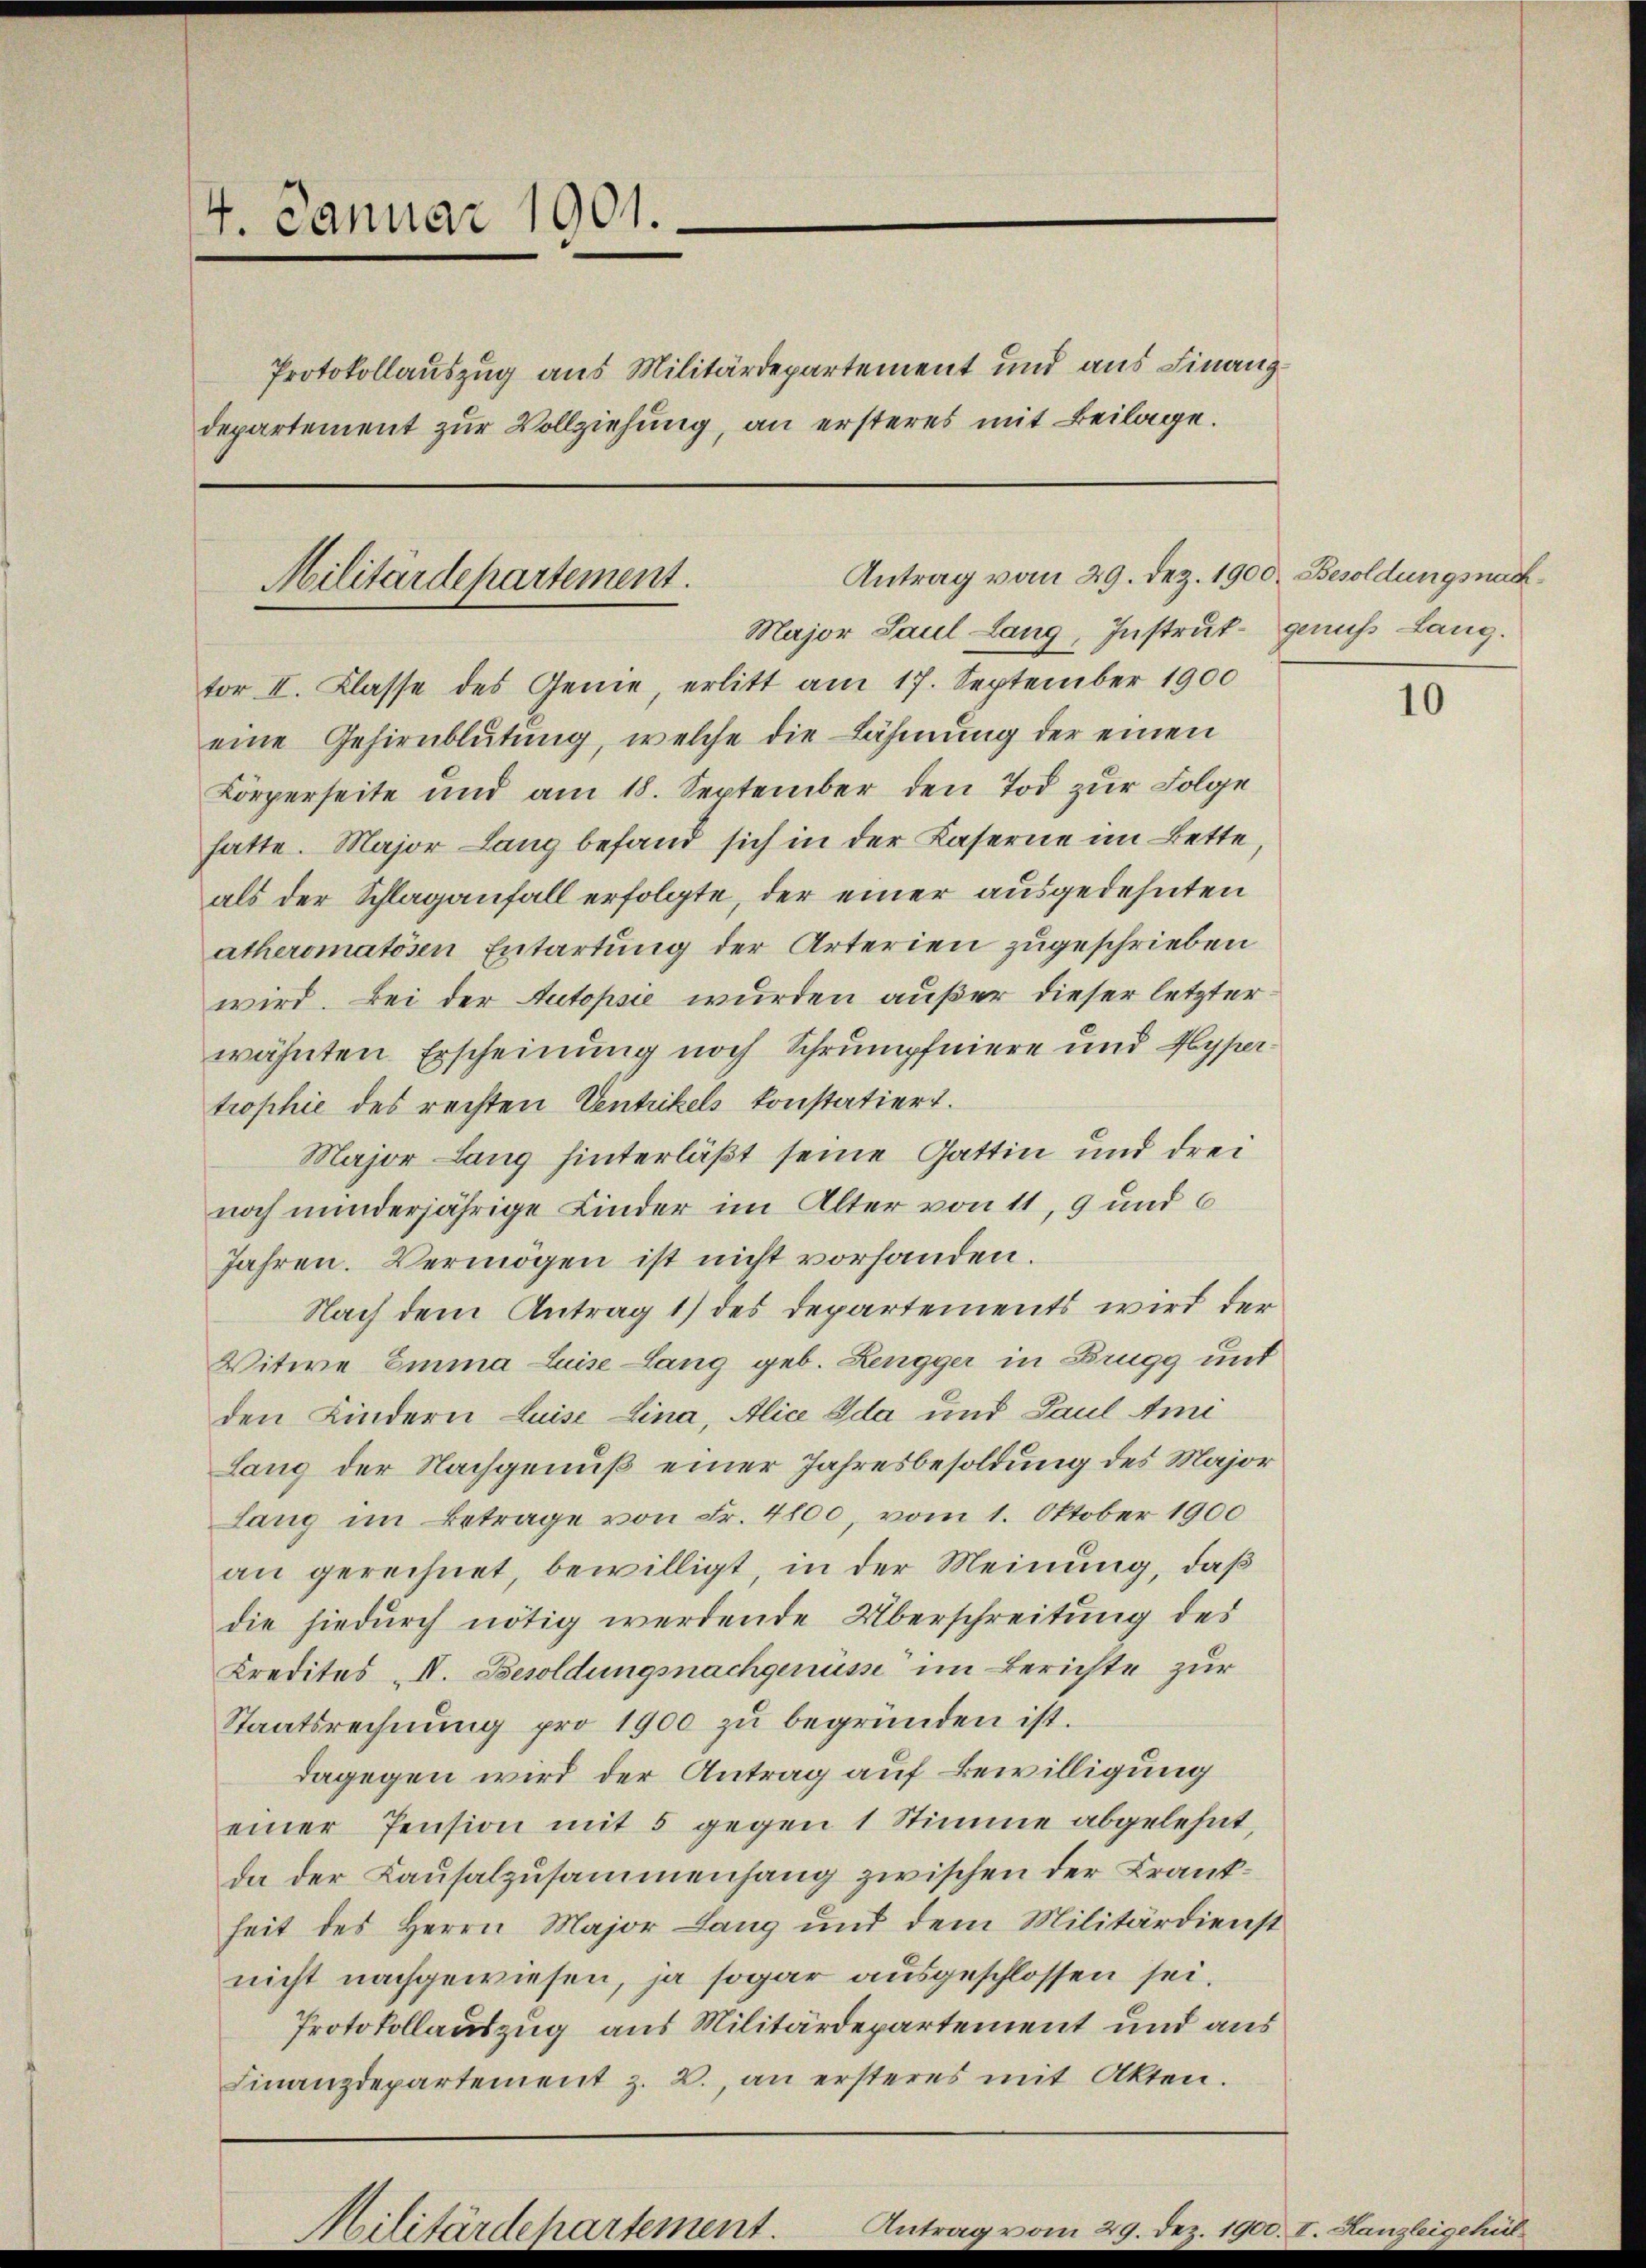
4. Januar 1901.

Protokollauszug aus Militärdepartement und aus Finanzdepartement zur Vollziehung, an ersteres mit Beilage.

tor II. Klasse des Genie erlitt am 17. September 1900
eine Gehirnblutung, welche die Lähmung der einen
Körperseite und am 18. September den Tod zur Folge
hatte. Major Lang befand sich in der Kaserne im Bette
als der Schlaganfall erfolgte, der einer ausgedehnten
atheromatösen Entartung der Arterien zugeschrieben
wird. Bei der Autopsie wurden außer dieser letzterwähnten Erscheinung noch Schrumpfniere und Hyper
trophie des rechten Ventrikels konstatiert.
Major Lang hinterläßt seine Gattin und drei
noch minderjährige Kinder im Alter von 11, 9 und 6
Jahren. Vermögen ist nicht vorhanden.
Nach dem Antrag 1) des Departements wird der
Vitwe Emma Luise Lang geb. Lengger in Brugg unt
den Kindern Luise Lina, Alice Ida und Paul An
Lang der Nachgenuß einer Jahresbesoldung des Major
Lang im Betrage von Fr. 4100, vom 1. Oktober 1900
an gerechnet, bewilligt, in der Meinung, daß
die hiedurch nötig werdende Überschreitung des
Kredites II. Besoldungsnachgenüsse im Berichte zur
Staatsrechnung pro 1900 zu begründen ist.
dagegen wird der Antrag auf Bewilligung
einer Pension mit 5 gegen 1 Stimme abgelehnt,
da der Kausalzusammenhang zwischen der Krankheit des Herrn Major Lang und dem Militärdienst
nicht nachgewiesen, ja sogar ausgeschlossen sei.
Protokollauszug aus Militärdepartement und aus
Finanzdepartement z. B., an ersteres mit Akten.

Antrag vom 29. Dez. 1900. Besoldungsnach¬
Militärdepartement.

Major Paul Lang, Instrut genus Lang.

10